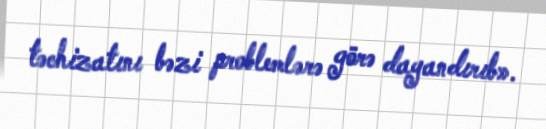
təchizatını bəzi problemlərə görə dayandırıb».